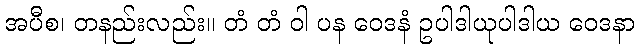
အပီစ၊ တနည်းလည်း။ တံ တံ ဝါ ပန ဝေဒနံ ဥပါဒါယုပါဒါယ ဝေဒနာ